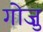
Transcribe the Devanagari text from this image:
गोज़ु